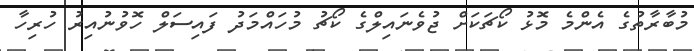
މުބާރާތުގެ އެންމެ މޮޅު ކޯޗަކަށް ޖުވެނައިލްގެ ކޯޗު މުހައްމަދު ފައިސަލް ހޮވުނުއިރު ހުރިހާ